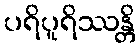
ပရိပူရိဿန္တိ